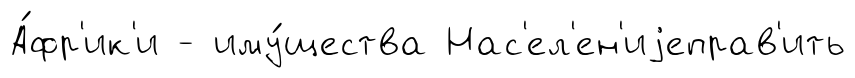
А́фр'ик'и - иму́щества Нас'ел'ен'иjеправ'ить